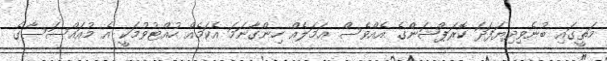
މަތީގައި ބުނެވިދިޔަފަދަ ކޮރަޕްޝަންގެ އެއްވެސް ޢަމަލެއް ހިންގާނަމަ އެކަމެއް ހުއްޓުވުމަކީ އެ މުއައްސަސާގެ